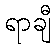
ရာချီ